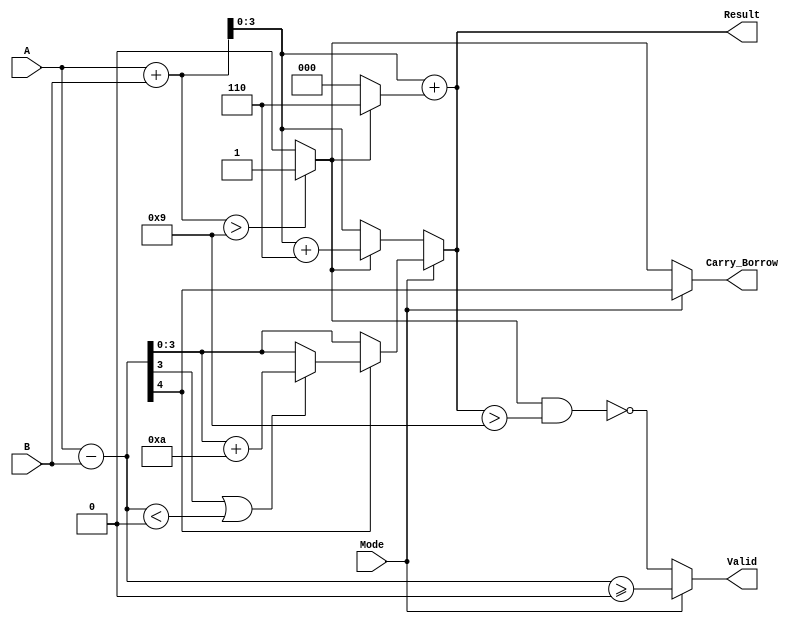
module bcd_add_subtracter (
    input [3:0] A,         // First BCD operand
    input [3:0] B,         // Second BCD operand
    input Mode,            // Mode selection: 0 = add, 1 = subtract
    output [3:0] Result,   // BCD result of the operation
    output Carry_Borrow,   // Carry out (for addition) or borrow (for subtraction)
    output Valid           // Indicates if the result is a valid BCD number
);

    wire [4:0] sum;           // Intermediate sum for addition (5 bits to accommodate carry)
    wire [4:0] sub;           // Intermediate result for subtraction
    wire bcd_add_carry;       // Carry from BCD addition correction
    wire bcd_sub_borrow;      // Borrow from BCD subtraction correction

    // Binary Adder for A + B
    assign sum = A + B; 

    // BCD Correction Logic for Addition
    assign bcd_add_carry = (sum > 9) ? 1'b1 : 1'b0; // Carry if sum exceeds 9
    assign Result = sum + (bcd_add_carry ? 6 : 0);

    // Binary Adder for A - B (using two's complement)
    assign sub = A - B;

    // BCD Correction Logic for Subtraction
    wire [3:0] corrected_sub = (sub[3] || (sub < 0)) ? (sub + 10) : sub; // Check for borrow
    assign bcd_sub_borrow = sub[4]; // Borrow if the 5th bit is set (indicating a negative number)

    // Output based on operation mode
    assign Result = (Mode == 0) ? (bcd_add_carry ? (sum + 6) : sum) :
                    (bcd_sub_borrow ? corrected_sub : sub);

    assign Carry_Borrow = (Mode == 0) ? bcd_add_carry : bcd_sub_borrow;

    // Validity Check
    assign Valid = (Mode == 0) ? !(bcd_add_carry && Result > 9) :
                   (Mode == 1) ? (sub >= 0) : 1'b1;

endmodule